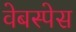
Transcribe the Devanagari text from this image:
वेबस्पेस